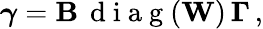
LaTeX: \boldsymbol{\gamma}=\mathbf{B}\, \mathrm{~d~i~a~g~}(\mathbf{W})\, \boldsymbol{\Gamma}\, ,